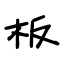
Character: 板